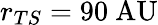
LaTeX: r_{TS}=90~\mathrm{AU}